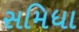
સમિધા